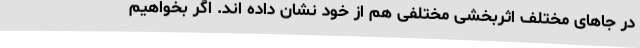
در جاهای مختلف اثربخشی مختلفی هم از خود نشان داده اند. اگر بخواهیم